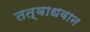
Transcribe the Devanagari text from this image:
तत्वाधवान